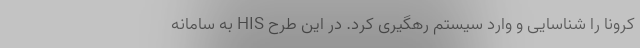
کرونا را شناسایی و وارد سیستم رهگیری کرد. در این طرح HIS به سامانه